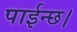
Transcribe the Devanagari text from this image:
पाईन्छ।